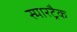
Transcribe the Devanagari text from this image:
स्मारट्रैक